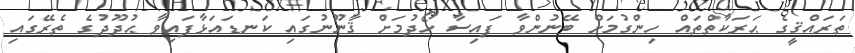
ތަރައްޤީގެ ޙަރަކާތްތައް ހިންގުމަށް ބޭނުންވާ ފައިސާ ހޯދުމަށް ޤާނޫނުގައި ކަނޑައަޅާފައިވާ ޙުދޫދުގެ ތެރޭގައި